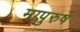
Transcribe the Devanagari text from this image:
मापुरुष